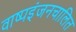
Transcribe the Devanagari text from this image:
वाष्पइंजनचालित